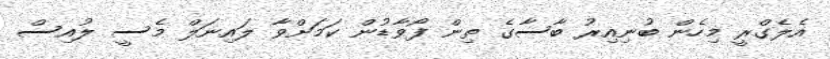
އެލެގްރީ މިހެން ބުނިއިރު ބާސާގެ ތިން ފޯވާޑުން ކަމަށްވާ ލައިނަލް މެސީ ލުއިސް